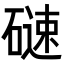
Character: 𮀼